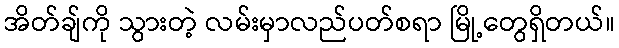
အိတ်ချ်ကို သွားတဲ့ လမ်းမှာလည်ပတ်စရာ မြို့တွေရှိတယ်။